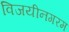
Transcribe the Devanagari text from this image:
विजयीनगरम